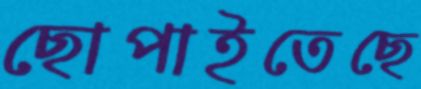
ছোপাইতেছে